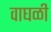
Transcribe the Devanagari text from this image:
वाघळी